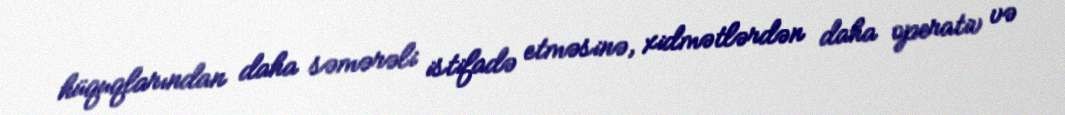
hüquqlarından daha səmərəli istifadə etməsinə, xidmətlərdən daha operativ və